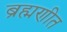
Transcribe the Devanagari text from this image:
ब्रह्मणीत